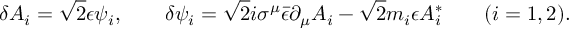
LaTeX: \delta A _ { i } = \sqrt { 2 } \epsilon \psi _ { i } , \qquad \delta \psi _ { i } = \sqrt { 2 } i \sigma ^ { \mu } \bar { \epsilon } \partial _ { \mu } A _ { i } - \sqrt { 2 } m _ { i } \epsilon A _ { i } ^ { * } \qquad ( i = 1 , 2 ) .